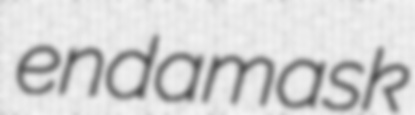
endamask